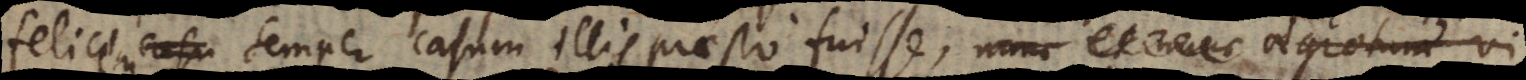
felicem semper casum illis praesto fuisse, nam et nunc aegrotum vi